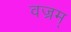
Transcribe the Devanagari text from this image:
वज्रम्